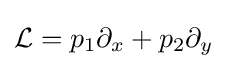
{\mathcal {L}}=p_{1}\partial _{x}+p_{2}\partial _{y}